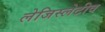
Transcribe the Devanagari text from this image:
लेजिस्लेटीव